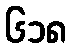
၆၁၈